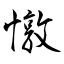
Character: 憞